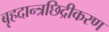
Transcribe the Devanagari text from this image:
बृहदान्त्रछिद्रीकरण